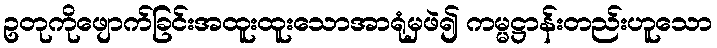
ဥတုကိုဖျောက်ခြင်းအထူးထူးသောအာရုံမှဖဲ၍ ကမ္မဋ္ဌာန်းတည်းဟူသော